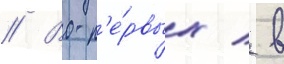
// Во-п'е́рвых / в